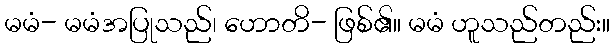
မမံ- မမံအပြုသည်၊ ဟောတိ- ဖြစ်၏။ မမံ ဟူသည်တည်း။